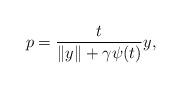
LaTeX: \begin{align*}p=\frac{t}{\|y\|+\gamma\psi(t)}y,\end{align*}